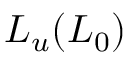
L _ { u } ( L _ { 0 } )